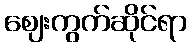
ဈေးကွက်ဆိုင်ရာ